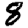
Digit: 8